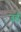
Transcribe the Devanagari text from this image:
उर्ड